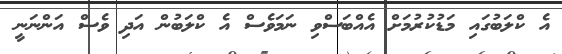
އެ ކްލަބުގައި މަޑުކުރުމަށް އެއްބަސްވި ނަމަވެސް އެ ކްލަބުން އަދި ވެސް އަންނަނީ